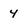
Character: 4